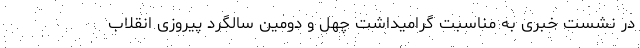
در نشست خبری به مناسبت گرامیداشت چهل و دومین سالگرد پیروزی انقلاب